Report of the veterinary officer investigating camel disease
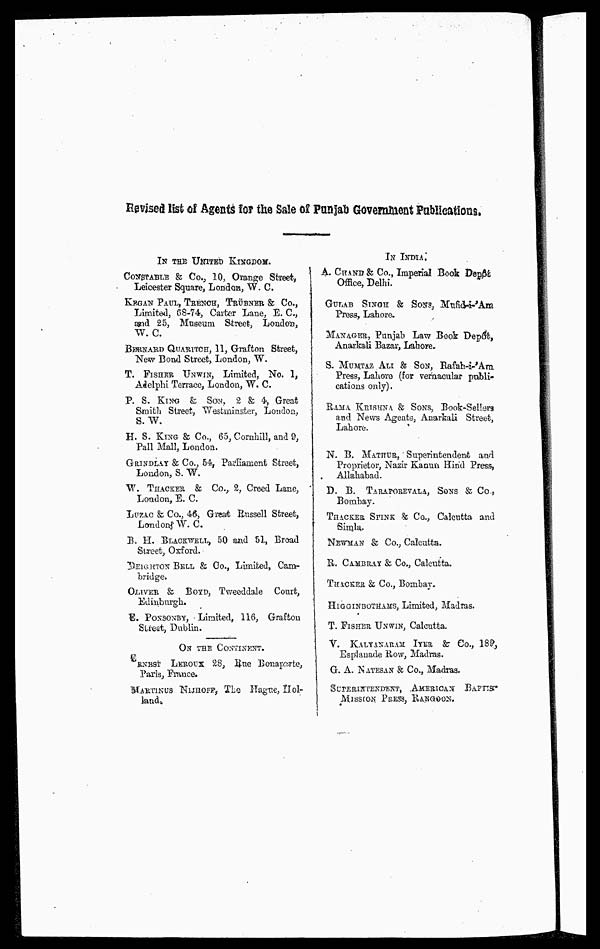
Revised list of Agents Top the Sale of Punjab Government Publications.
IN THE UNITED KINGDOM.
CONSTABLE & Co., 10, Orange Street,
Leicester Square, London, W. C.
KEGAN PAUL, TRENCH, TRÜBNER & Co.,
Limited, 68-74, Carter Lane, E. C.,
and 25, Museum Street, London,
W. C.
BERNARD QUARITCH, 11, Grafton Street,
New Bond Street, London, W.
T. FISHER UNWIN, Limited, No, 1,
Adelphi Terrace, London, W. C.
P. S. KING & SON, 2 & 4, Great
Smith Street, Westminster, London,
S. W.
H. S. KING & Co., 65, Cornhill, and 9,
Pall Mall, London.
GRINDLAY & Co., 54, Parliament Street,
London, S. W.
W. THACKER & Co., 2, Creed Lane,
London, E. C.
LUZAC & Co., 46, Great Russell Street,
London, W. C.
B. H. BLACKWELL, 50 and 51, Broad
Street, Oxford.
DEIGHTON BELL & Co., Limited, Cam-
bridge.
OLIVER & BOYD, Tweeddale Court,
Edinburgh.
E. PONSONBY, Limited, 116, Grafton
Street, Dublin.
ON THE CONTINENT.
RNEST LEROUX 28, Rne Bonaparte,
Paris, France.
MARTINUS NIJROFR, The Hague, Hol-
land.
IN INDIA.
A. CHAND & Co., Imperial Book Depôt
Office, Delhi.
GULAB SINGH & SONS, Mufid-i-'Am
Press, Lahore,
MANAGER, Punjab Law Book Depôt,
Anarkali Bazar, Lahore.
S. MUMTAZ ALI & SON, Rafah-i-'Am
Press, Lahore (for vernacular publi-
cations only).
RAMA KRISHNA & SONS, Book-Sellers
and News Agents, Anarkali Street,
Lahore.
N. B. MATHUR, Superintendent and
Proprietor, Nazir Kanun Hind Press,
Allahabad.
D. B. TARAPOREVALA, SONS & Co.,
Bombay.
THACKER SPINK & Co., Calcutta and
Simla.
NEWMAN & Co., Calcutta.
R. CAMBRAY & Co., Calcutta.
THACKER & Co., Bombay.
HIGGINBOTHAMS, Limited, Madras.
T. FISHER UNWIN, Calcutta.
V. KALYANARAM: IYER & Co., 189,
Esplanade How, Madras.
G. A. NATESAN & Co., Madras.
SUPERINTENDENT, AMERICAN BAPTIS
MISSION PRESS, RANGOON.